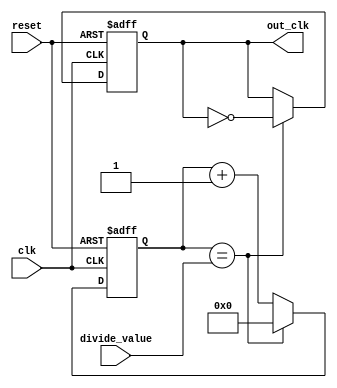
module fractional_clock_divider (
    input wire clk,
    input wire reset,
    input wire [7:0] divide_value,
    output reg out_clk
);

reg [7:0] counter;

always @ (posedge clk or posedge reset) begin
    if (reset) begin
        out_clk <= 0;
        counter <= 0;
    end else begin
        if (counter == divide_value) begin
            counter <= 0;
            out_clk <= ~out_clk;
        end else begin
            counter <= counter + 1;
        end
    end
end

endmodule